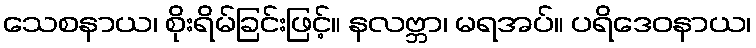
သေစနာယ၊ စိုးရိမ်ခြင်းဖြင့်။ နလဗ္ဘာ၊ မရအပ်။ ပရိဒေဝနာယ၊